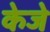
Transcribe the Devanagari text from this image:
केजे